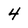
Character: 4